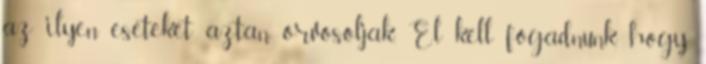
az ilyen eseteket aztan orvosoljak. El kell fogadnunk, hogy